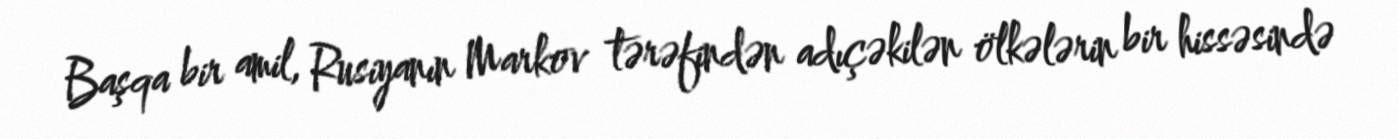
Başqa bir amil, Rusiyanın Markov tərəfindən adıçəkilən ölkələrin bir hissəsində